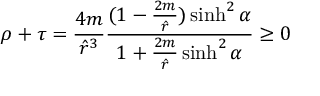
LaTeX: \rho + \tau = \frac { 4 m } { { \hat { r } } ^ { 3 } } \frac { ( 1 - \frac { 2 m } { \hat { r } } ) \sinh ^ { 2 } \alpha } { 1 + \frac { 2 m } { \hat { r } } \sinh ^ { 2 } \alpha } \ge 0